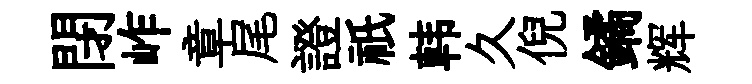
閉岞章尾證祇韩久倪鐍辉